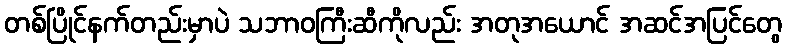
တစ်ပြိုင်နက်တည်းမှာပဲ သဘာဝကြီးဆီကိုလည်း အတုအယောင် အဆင်အပြင်တွေ